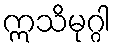
ဣသိမုဂ္ဂါ